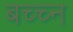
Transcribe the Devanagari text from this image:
बच्च्न